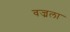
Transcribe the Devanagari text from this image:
वज्रला